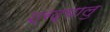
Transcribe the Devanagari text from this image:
श्रद्घालु